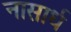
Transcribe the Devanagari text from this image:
नासार्ध